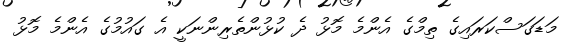
މަޑަގަސްކަރައިގެ ތިމްގެ އެންމެ މޮޅު ދެ ކުޅުންތެރިންނަކީ އެ ގައުމުގެ އެންމެ މޮޅު